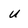
Character: u